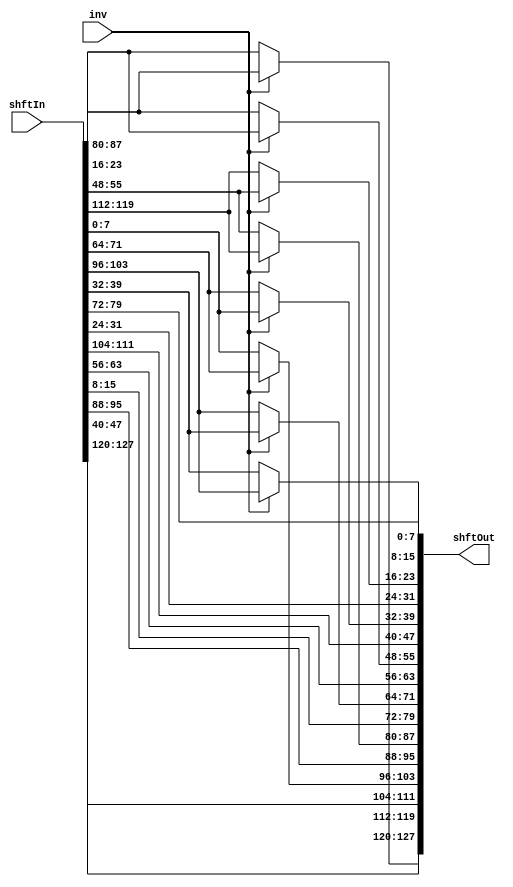
module shiftRows(
	 output [127:0] shftOut, // Data Out
	 input [127:0] shftIn,	// Data In
	 input inv					// If 1, do decryption, else do encryption.
    );
	 
	 // assign shftOut[127:96] = shftIn[127:96];
	 // assign shftOut[95:64] = (inv)?({shftIn[71:64], shftIn[95:72]})	:	({shftIn[87:64], shftIn[95:88]});
	 // assign shftOut[63:32] = {shftIn[47:32], shftIn[63:48]};
	 // assign shftOut[31:0] = (inv)?({shftIn[23:0], shftIn[31:24]})		:	({shftIn[7:0], shftIn[31:8]});
	 
	 // First Row
	 assign shftOut[127:120] = shftIn[127:120];
	 assign shftOut[95:88] = shftIn[95:88];
	 assign shftOut[63:56] = shftIn[63:56];
	 assign shftOut[31:24] = shftIn[31:24];
	 
	 // Second Row
	 assign shftOut[119:112] = (inv)?(shftIn[23:16]):(shftIn[87:80]);
	 assign shftOut[87:80] = (inv)?(shftIn[119:112]):(shftIn[55:48]);
	 assign shftOut[55:48] = (inv)?(shftIn[87:80]):(shftIn[23:16]);
	 assign shftOut[23:16] = (inv)?(shftIn[55:48]):(shftIn[119:112]);
	 
	 // Third Row
	 assign shftOut[111:104] = shftIn[47:40];
	 assign shftOut[79:72] = shftIn[15:8];
	 assign shftOut[47:40] = shftIn[111:104];
	 assign shftOut[15:8] = shftIn[79:72];
	 
	 // Fourth Row
	 assign shftOut[103:96] = (inv)?(shftIn[71:64]):(shftIn[7:0]);
	 assign shftOut[71:64] = (inv)?(shftIn[39:32]):(shftIn[103:96]);
	 assign shftOut[39:32] = (inv)?(shftIn[7:0]):(shftIn[71:64]);
	 assign shftOut[7:0] = (inv)?(shftIn[103:96]):(shftIn[39:32]);
	 
endmodule